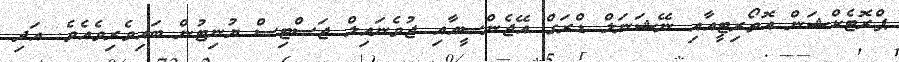
ޕްރޮޓެކްޝަން އޮތޯރިޓީއާއި ނޭޝަނަލް ޑްރަގް އޭޖެންސީއާއި ޖުވެނައިލް ޖަސްޓިސް ޔުނިޓުން ބައިވެރިވެއެވެ. އަދި